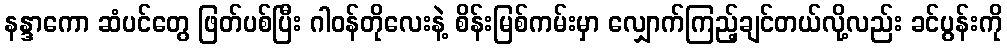
နန္ဒာကော ဆံပင်တွေ ဖြတ်ပစ်ပြီး ဂါဝန်တိုလေးနဲ့ စိန်းမြစ်ကမ်းမှာ လျှောက်ကြည့်ချင်တယ်လို့လည်း ခင်ပွန်းကို